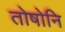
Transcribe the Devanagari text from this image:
तोषोनि